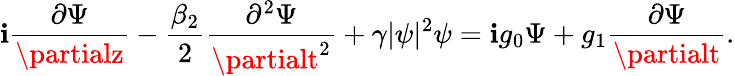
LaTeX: \mathbf{i}\frac{{\partial\Psi}}{{\partialz}}-\frac{{\beta_{2}}}{{2}}\frac{{\partial^{2}\Psi}}{{\partialt^{2}}}+\gamma|\psi|^{2}\psi=\mathbf{i}g_{0}\Psi+g_{1}\frac{{\partial\Psi}}{{\partialt}}.